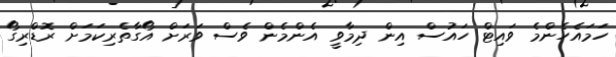
ހަމައެހެންމެ ވައިޓް ހައުސް އިން ދިމާވީ އެންމެން ވެސް ވަރަށް އޯގާތެރިކަމަށް ރޮޑްރިގޯ